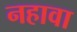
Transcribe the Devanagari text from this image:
नहावा